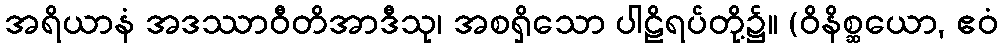
အရိယာနံ အဒဿာဝီတိအာဒီသု၊ အစရှိသော ပါဠိရပ်တို့၌။ (ဝိနိစ္ဆယော, ဧဝံ